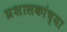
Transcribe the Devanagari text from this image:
प्रशासकांच्या